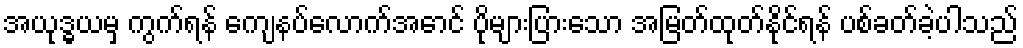
အယုဒ္ဓယမှ ကွက်ရန် ကျေနပ်လောက်အောင် ပိုများပြားသော အမြတ်ထုတ်နိုင်ရန် ပစ်ခတ်ခဲ့ပါသည်